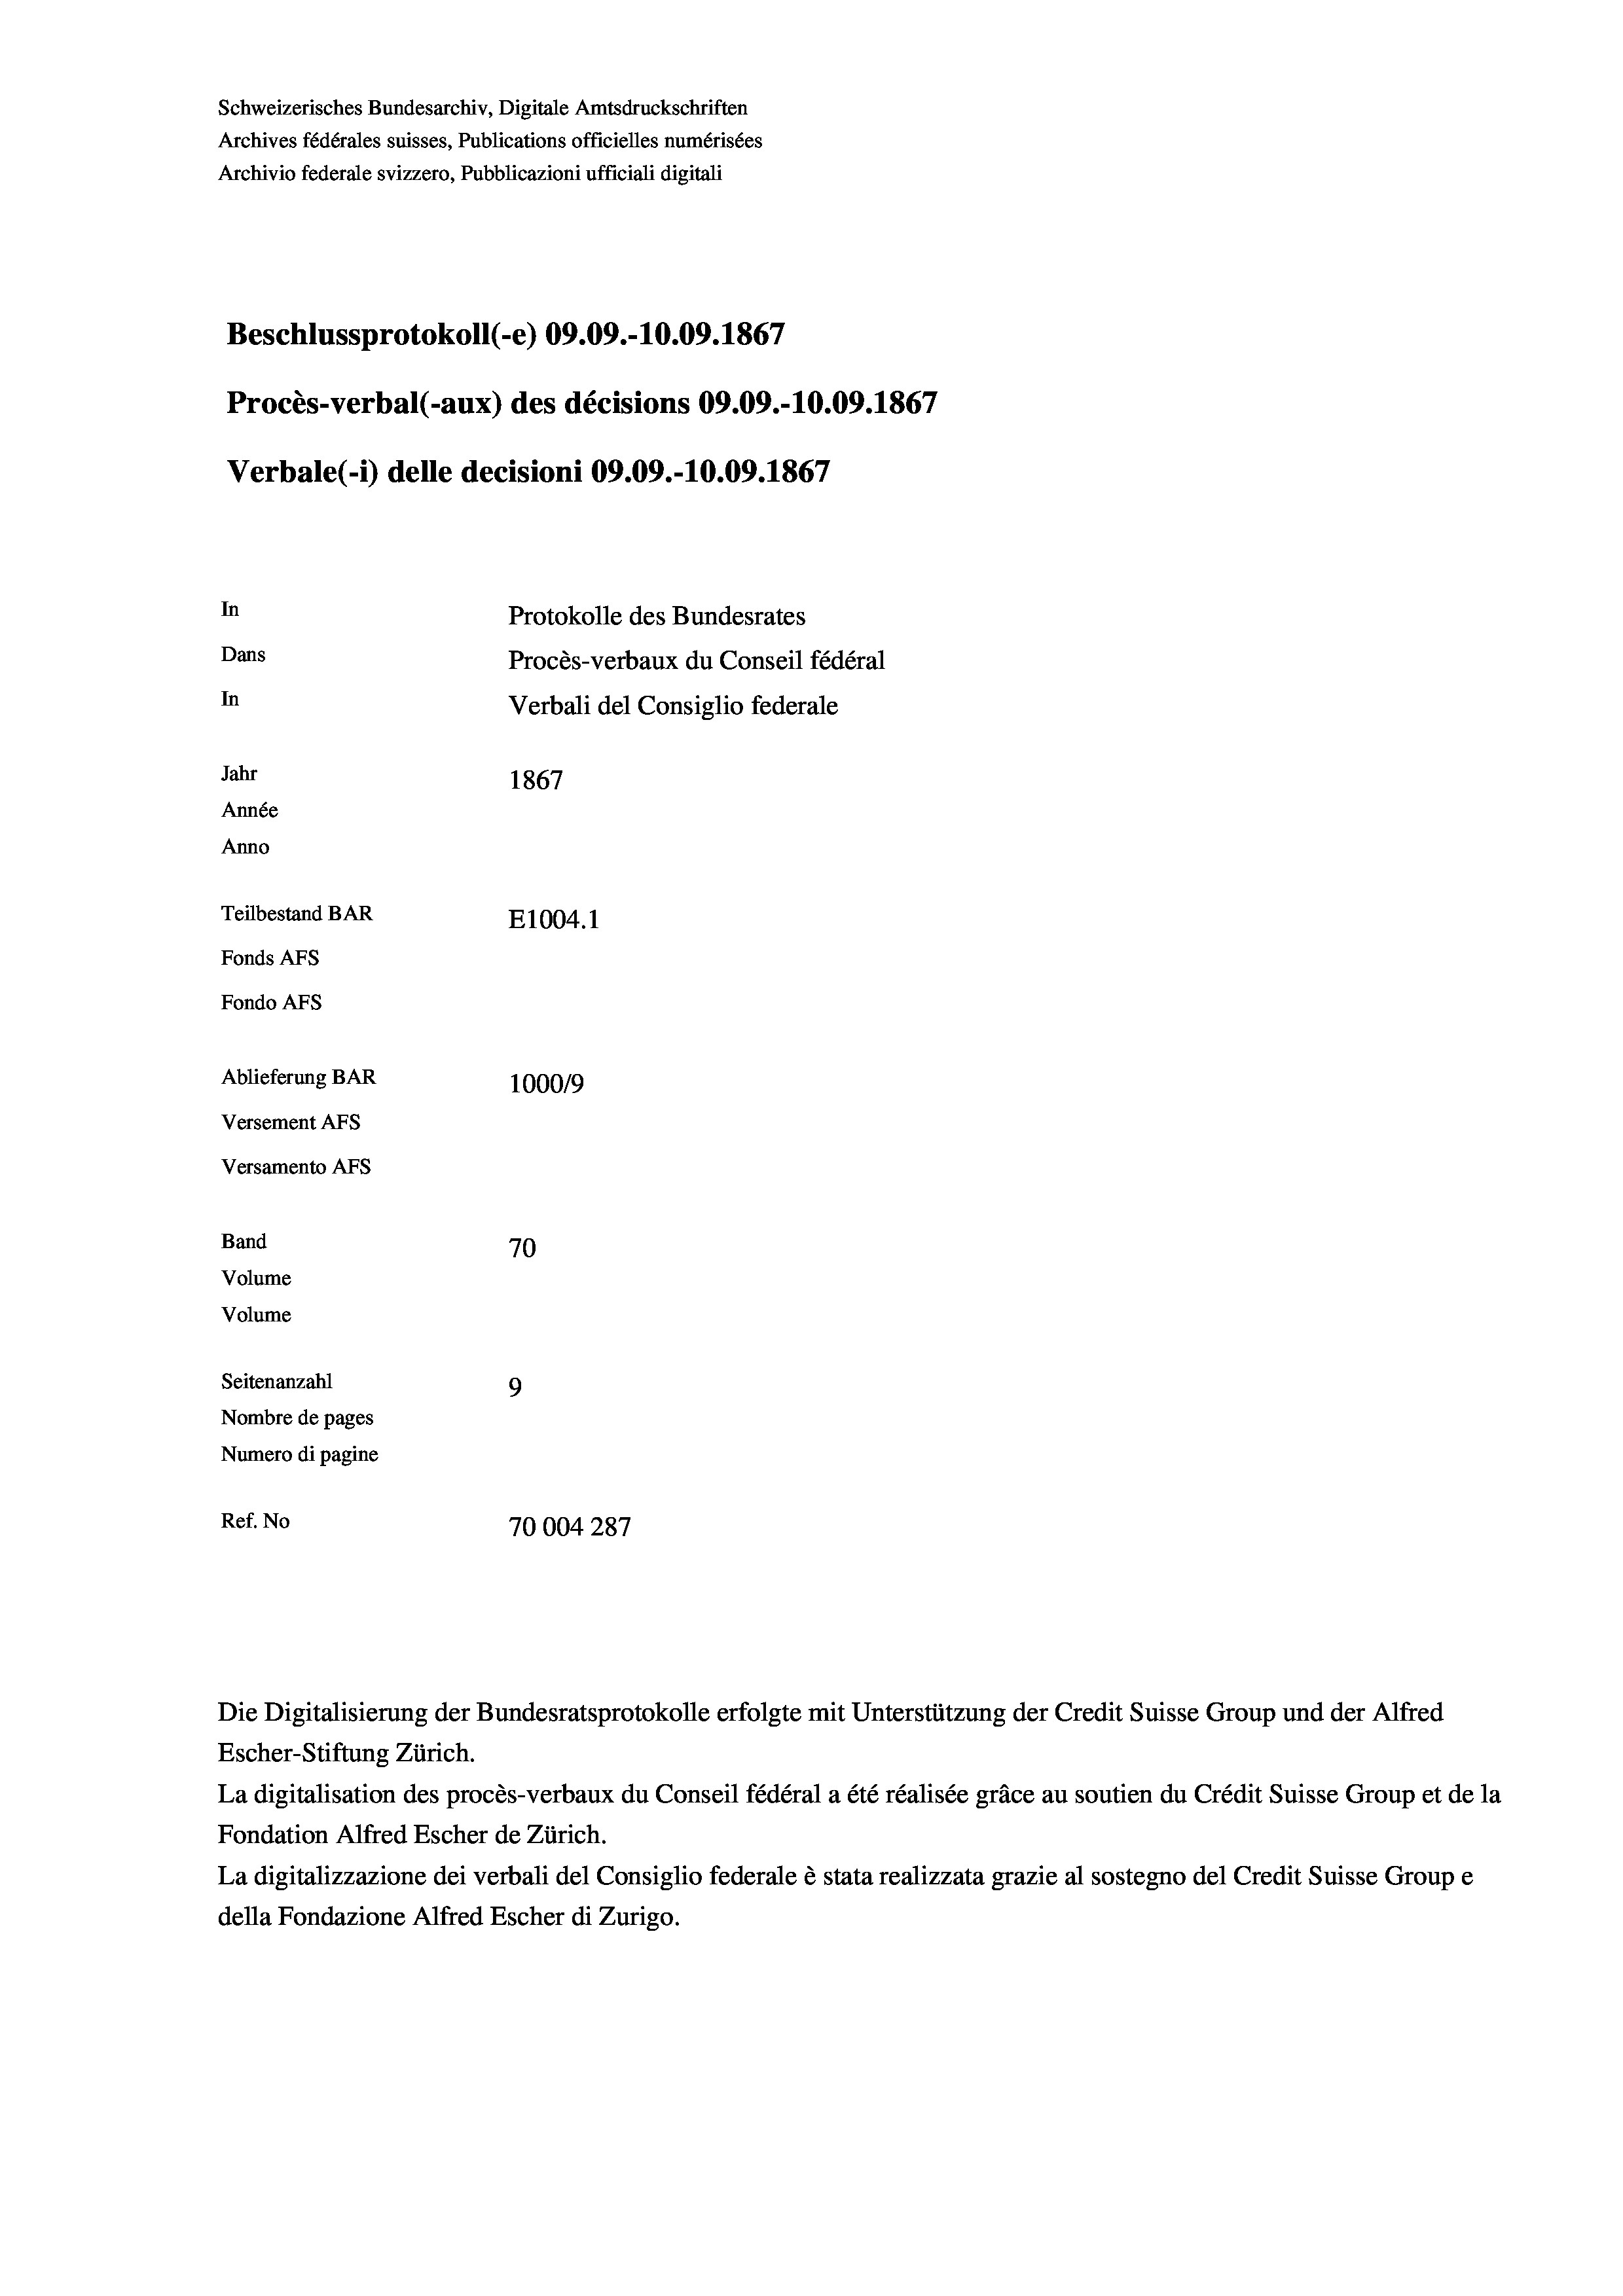
Schweizerisches Bundesarchiv, Digitale Amtsdruckschriften
Archives fédérales suisses, Publications officielles numérisées
Archivio federale svizzero, Pubblicazioni ufficiali digitali
Beschlussprotokoll (-e) 09.09.-10.09. 1867
Procès-verbal (-aux) des décisions 09.09.-10.09. 1867
Verbale (i) delle decisioni 09.09.-10.09. 1867
In
Protokolle des Bundesrates
Dans
Procès-verbaux du Conseil fédéral
In
Verbali del Consiglio federale
Jahr
1867
Année
Anno
Teilbestand BAR
E1004.1
Fonds AFs
Fondo AFs
Ablieferung BAR
100019
Versement AFs
Versamento AFs
Band
70
Volume
Volume
Seitenanzahl
9
Nombre de pages
Numero di pagine
Ref. No
70004 287

Escher-Stiftung Zürich.
La digitalisation des procès-verbaux du Conseil fédéral a été réalisée gräce au soutien du Crédit Suisse Group et de la
Fondation Alfred Escher de Zürich.
La digitalizzazione dei verbali del Consiglio federale è stata realizzata grazie al sostegno del Credit Suisse Groupe
della Fondazione Alfred Escher di Zurigo.

Die Digitalisierung der Bundesratsprotokolle erfolgte mit Unterstützung der Credit Suisse Group und der Alfred